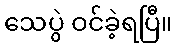
သေပွဲ ဝင်ခဲ့ရပြီ။